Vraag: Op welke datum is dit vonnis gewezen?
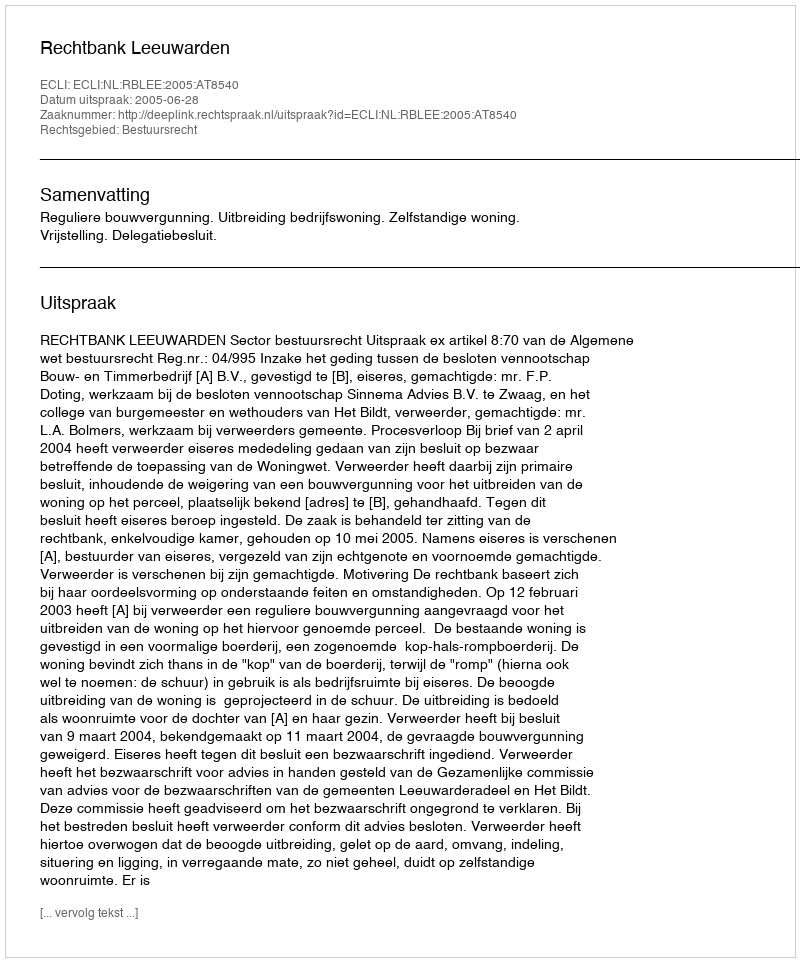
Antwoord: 2005-06-28